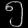
Digit: ၅